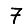
Digit: 7